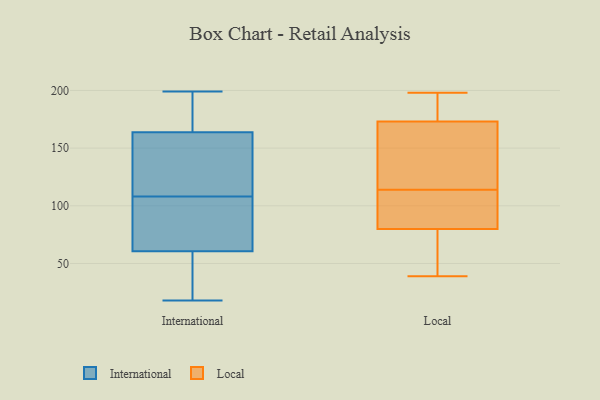
{"axis": {"x": "Gross Profit (USD K)", "y": "Value"}, "legend": ["International", "Local"], "data": [{"x": "", "y": 108, "type": "International"}, {"x": "", "y": 162, "type": "International"}, {"x": "", "y": 199, "type": "International"}, {"x": "", "y": 115, "type": "International"}, {"x": "", "y": 19, "type": "International"}, {"x": "", "y": 173, "type": "International"}, {"x": "", "y": 87, "type": "International"}, {"x": "", "y": 78, "type": "International"}, {"x": "", "y": 50, "type": "International"}, {"x": "", "y": 35, "type": "International"}, {"x": "", "y": 64, "type": "International"}, {"x": "", "y": 109, "type": "International"}, {"x": "", "y": 97, "type": "International"}, {"x": "", "y": 169, "type": "International"}, {"x": "", "y": 137, "type": "International"}, {"x": "", "y": 170, "type": "International"}, {"x": "", "y": 18, "type": "International"}, {"x": "", "y": 80, "type": "Local"}, {"x": "", "y": 164, "type": "Local"}, {"x": "", "y": 173, "type": "Local"}, {"x": "", "y": 106, "type": "Local"}, {"x": "", "y": 51, "type": "Local"}, {"x": "", "y": 81, "type": "Local"}, {"x": "", "y": 198, "type": "Local"}, {"x": "", "y": 181, "type": "Local"}, {"x": "", "y": 122, "type": "Local"}, {"x": "", "y": 39, "type": "Local"}]}